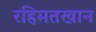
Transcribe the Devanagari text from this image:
रहिमतखान